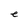
Character: e